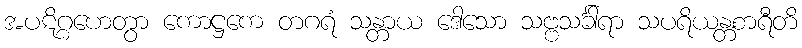
အပဋိဂ္ဂဟေတွာ ကောဋ္ဌကေ တဂရံ သန္တာယ ဒေါသော သဗ္ဗသင်္ခါရာ သပရိယန္တစာရီတိ